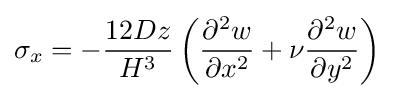
\sigma _{x}=-{\frac {12Dz}{H^{3}}}\left({\frac {\partial ^{2}w}{\partial x^{2}}}+\nu {\frac {\partial ^{2}w}{\partial y^{2}}}\right)